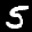
Label: 5